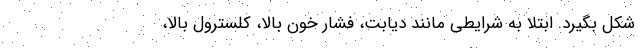
شکل بگیرد. ابتلا به شرایطی مانند دیابت، فشار خون بالا، کلسترول بالا،